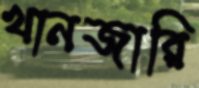
খানজারি